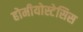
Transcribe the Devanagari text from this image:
होमीयोस्टेसिस